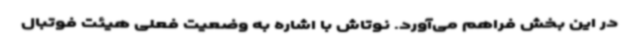
در این بخش فراهم می‌آورد. نوتاش با اشاره به وضعیت فعلی هیئت فوتبال